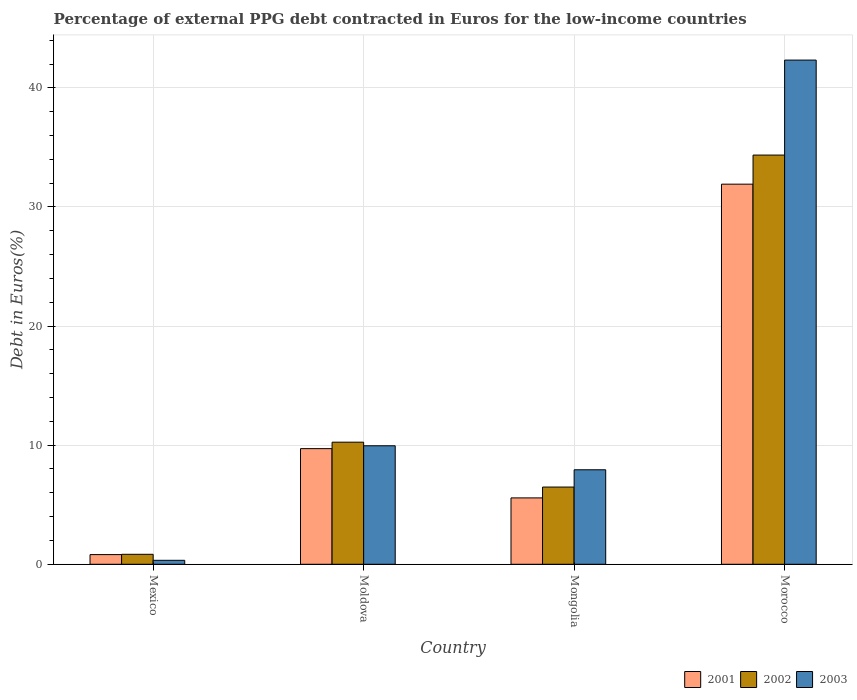
| Country | 2001 | 2002 | 2003 |
 | --- | --- | --- | --- |
 | Mexico | 0.812 | 0.838 | 0.334 |
 | Moldova | 9.71 | 10.3 | 9.95 |
 | Mongolia | 5.57 | 6.48 | 7.93 |
 | Morocco | 31.9 | 34.4 | 42.3 |